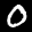
Label: 0